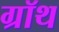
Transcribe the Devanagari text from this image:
ग्रॉथ